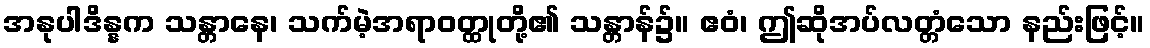
အနုပါဒိန္နက သန္တာနေ၊ သက်မဲ့အရာဝတ္ထုတို့၏ သန္တာန်၌။ ဧဝံ၊ ဤဆိုအပ်လတ္တံသော နည်းဖြင့်။